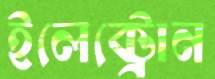
ইলেক্ট্রোন